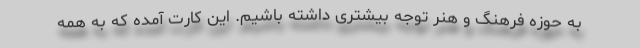
به حوزه فرهنگ و هنر توجه بیشتری داشته باشیم. این کارت آمده که به همه